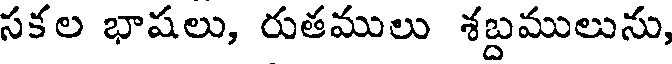
సకల భాషలు, రుతములు శబ్దములుసు,